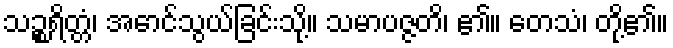
သဉ္စရိတ္တံ၊ အောင်သွယ်ခြင်းသို့။ သမာပဇ္ဇတိ၊ ၏။ တေသံ၊ တို့၏။